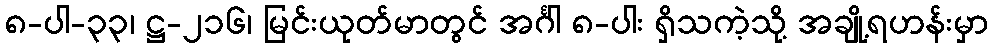
၈-ပါ-၃၃၊ ဋ္ဌ-၂၁၆၊ မြင်းယုတ်မာတွင် အင်္ဂါ ၈-ပါး ရှိသကဲ့သို့ အချို့ရဟန်းမှာ